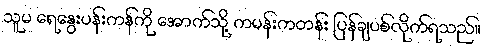
သူမ ရေနွေးပန်းကန်ကို အောက်သို့ ကမန်းကတန်း ပြန်ချပစ်လိုက်ရသည်။